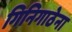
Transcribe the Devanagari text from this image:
गिनिगाठेना